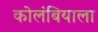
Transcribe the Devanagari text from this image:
कोलंबियाला